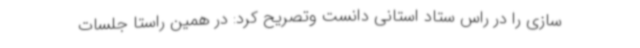
سازی را در راس ستاد استانی دانست وتصریح کرد: در همین راستا جلسات